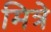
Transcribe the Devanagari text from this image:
मित्रे